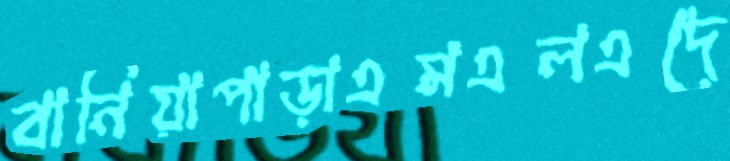
বানিয়াপাড়াএমএলএদে